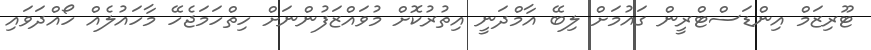
ޓޫރިޒަމް އިންޑަސްޓްރީން ގައުމަށް ލިބޭ އާމްދަނީ އިތުރުކޮށް މުވައްޒަފުންނަށް ހިތްހަމަޖެހޭ މާހައުލެއް ހޯއްދަވައި